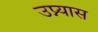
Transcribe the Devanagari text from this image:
उप्न्यास